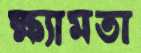
ক্ষ্যামতা